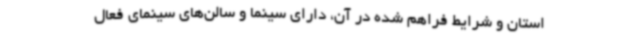
استان و شرایط فراهم شده در آن، دارای سینما و سالن‌های سینمای فعال